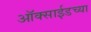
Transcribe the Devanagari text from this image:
ऑक्‍साईडच्या